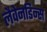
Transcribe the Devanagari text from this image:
लैवेनडिन्स